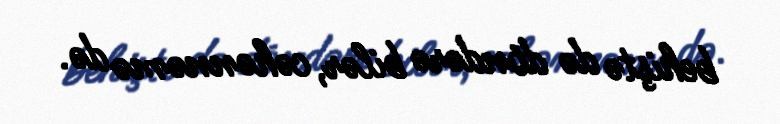
behiştə də döndərə bilər, cəhənnəmə də.